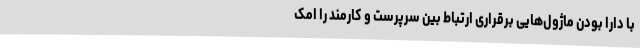
با دارا بودن ماژول‌هایی برقراری ارتباط بین سرپرست و کارمند را امک